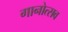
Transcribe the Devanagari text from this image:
गानोत्सव